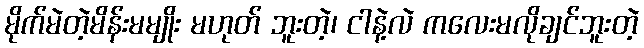
မိုက်မဲတဲ့မိန်းမမျိုး မဟုတ် ဘူးတဲ့၊ ငါနဲ့လဲ ကလေးမလိုချင်ဘူးတဲ့